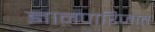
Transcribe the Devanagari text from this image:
ज्ञानपारिजात